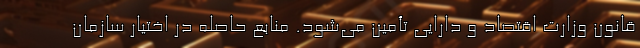
قانون وزارت اقتصاد و دارایی تأمین می‌شود. منابع حاصله در اختیار سازمان